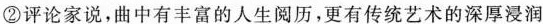
②评论家说，曲中有丰富的人生阅历，更有传统艺术的深厚浸润